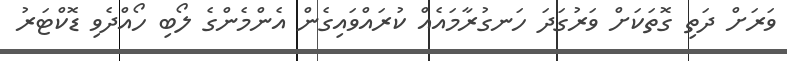
ވަރަށް ދަތި ގޮތަކަށް ވަރުގަދަ ހަނގުރާމައެއް ކުރައްވައިގެން އެންމެންގެ ލޯބި ހޯއްދެވި ޑޮކްޓަރު